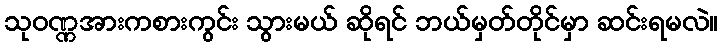
သုဝဏ္ဏအားကစားကွင်း သွားမယ် ဆိုရင် ဘယ်မှတ်တိုင်မှာ ဆင်းရမလဲ။